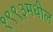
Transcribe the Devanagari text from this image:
१९९३मधील